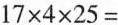
$$1 7 \times 4 \times 2 5 =$$